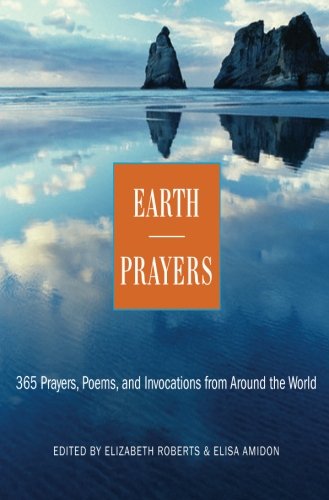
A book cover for Earth Prayers: 365 Prayers, Poems, and Invocations from Around the World; Elizabeth Roberts; Science & Math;